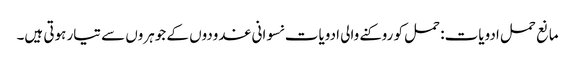
مانع حمل ادویات: حمل کو روکنے والی ادویات نسوانی غدودوں کے جوہروں سے تیار ہوتی ہیں۔